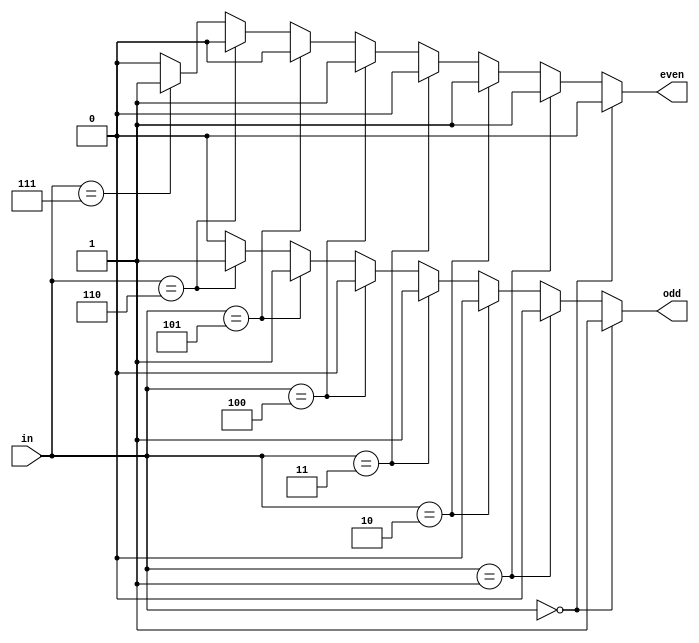
module parity(in,odd,even);
    input [2:0]in;
    output reg odd;
    output reg even;

    always @ (in) begin
        if (in ==3'b000) begin
            odd =1'b1; even = 1'b0;
        end
        else if (in == 3'b001) begin
            odd = 1'b0; even = 1'b1;
        end
        else if (in == 3'b010) begin
            odd = 1'b0; even = 1'b1;
        end
        else if (in == 3'b011) begin
            odd = 1'b1; even = 1'b0;
        end
        else if (in == 3'b100) begin
            odd = 1'b0; even = 1'b1;
        end
        else if (in == 3'b101) begin
            odd = 1'b1; even = 1'b0;
        end
        else if (in == 3'b110) begin
            odd = 1'b1; even = 1'b0;
        end
        else if (in == 3'b111) begin
            odd = 1'b0; even = 1'b1;
        end
        else begin
            odd = 1'b0; even = 1'b0;
        end
    end
endmodule